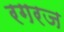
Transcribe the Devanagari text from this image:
रगरज